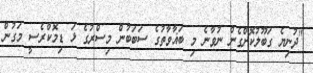
"ދުނިޔެ ގަބޫލުކޮށްގެން ނުވާނެ މި ބަޣާވާތުގެ ސަބަބުން މިސްރުގެ ޅަ ޑިމޮކްރެސީ މަގުން